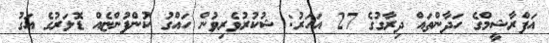
އަފްރާޝީމްގެ ހަދާންތައް ދިރާގުގެ 27 އަހަރު: ޝުކުރުވެެރިވުން ހައްގު ކުންފުންޏެއް ޑޮލަރުގެ އަގު